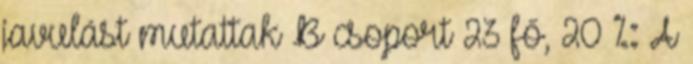
javulást mutattak B csoport 23 fő, 20 %: A